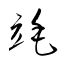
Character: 竓